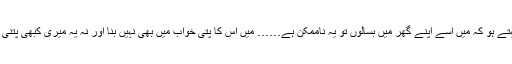
اور تم جو مجھ سے یہ کہتے ہو کہ میں اسے اپنے گھر میں بسالوں تو یہ ناممکن ہے…… میں اس کا پتی خواب میں بھی نہیں بنا اور نہ یہ میری کبھی پتنی بنی ہے……. سمجھے؟